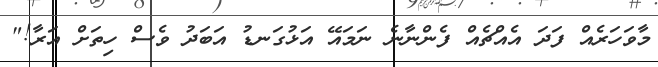
މާވަހަރެއް ފަދަ އެއްޗެއް ފެންނާނެ ނަމައޭ އަޅުގަނޑު އަބަދު ވެސް ހިތަށް އަރާ!"